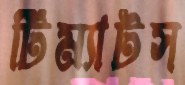
টিম্যাটস